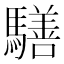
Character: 𩦐